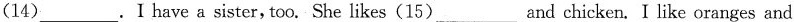
(14)___.I have a sister,too. She likes(15)___and chicken. I like oranges and